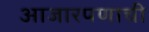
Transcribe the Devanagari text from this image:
आजारपणाची